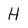
Character: H